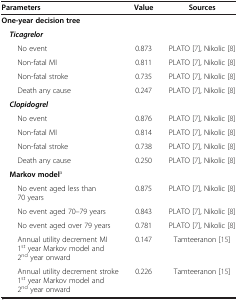
<table><thead><tr><td><b>Parameters</b></td><td><b>Value</b></td><td><b>Sources</b></td></tr></thead><tbody><tr><td><b>One-year decision tree</b></td><td></td><td></td></tr><tr><td><b><i> Ticagrelor</i></b></td><td></td><td></td></tr><tr><td>No event</td><td>0.873</td><td>PLATO [7], Nikolic [8]</td></tr><tr><td>Non-fatal MI</td><td>0.811</td><td>PLATO [7], Nikolic [8]</td></tr><tr><td>Non-fatal stroke</td><td>0.735</td><td>PLATO [7], Nikolic [8]</td></tr><tr><td>Death any cause</td><td>0.247</td><td>PLATO [7], Nikolic [8]</td></tr><tr><td><b><i> Clopidogrel</i></b></td><td></td><td></td></tr><tr><td>No event</td><td>0.876</td><td>PLATO [7], Nikolic [8]</td></tr><tr><td>Non-fatal MI</td><td>0.814</td><td>PLATO [7], Nikolic [8]</td></tr><tr><td>Non-fatal stroke</td><td>0.738</td><td>PLATO [7], Nikolic [8]</td></tr><tr><td>Death any cause</td><td>0.250</td><td>PLATO [7], Nikolic [8]</td></tr><tr><td><b> Markov model</b><sup>a</sup></td><td></td><td></td></tr><tr><td>No event aged less than 70 years</td><td>0.875</td><td>PLATO [7], Nikolic [8]</td></tr><tr><td>No event aged 70–79 years</td><td>0.843</td><td>PLATO [7], Nikolic [8]</td></tr><tr><td>No event aged over 79 years</td><td>0.781</td><td>PLATO [7], Nikolic [8]</td></tr><tr><td>Annual utility decrement MI 1<sup>st</sup> year Markov model and 2<sup>nd</sup> year onward</td><td>0.147</td><td>Tamteeranon [15]</td></tr><tr><td>Annual utility decrement stroke 1<sup>st</sup> year Markov model and 2<sup>nd</sup> year onward</td><td>0.226</td><td>Tamteeranon [15]</td></tr></tbody></table>